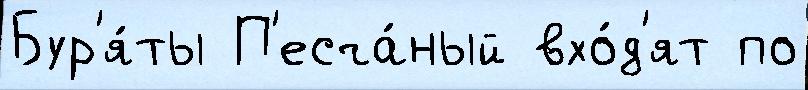
Бур'я́ты П'есча́ный вхо́д'ят по